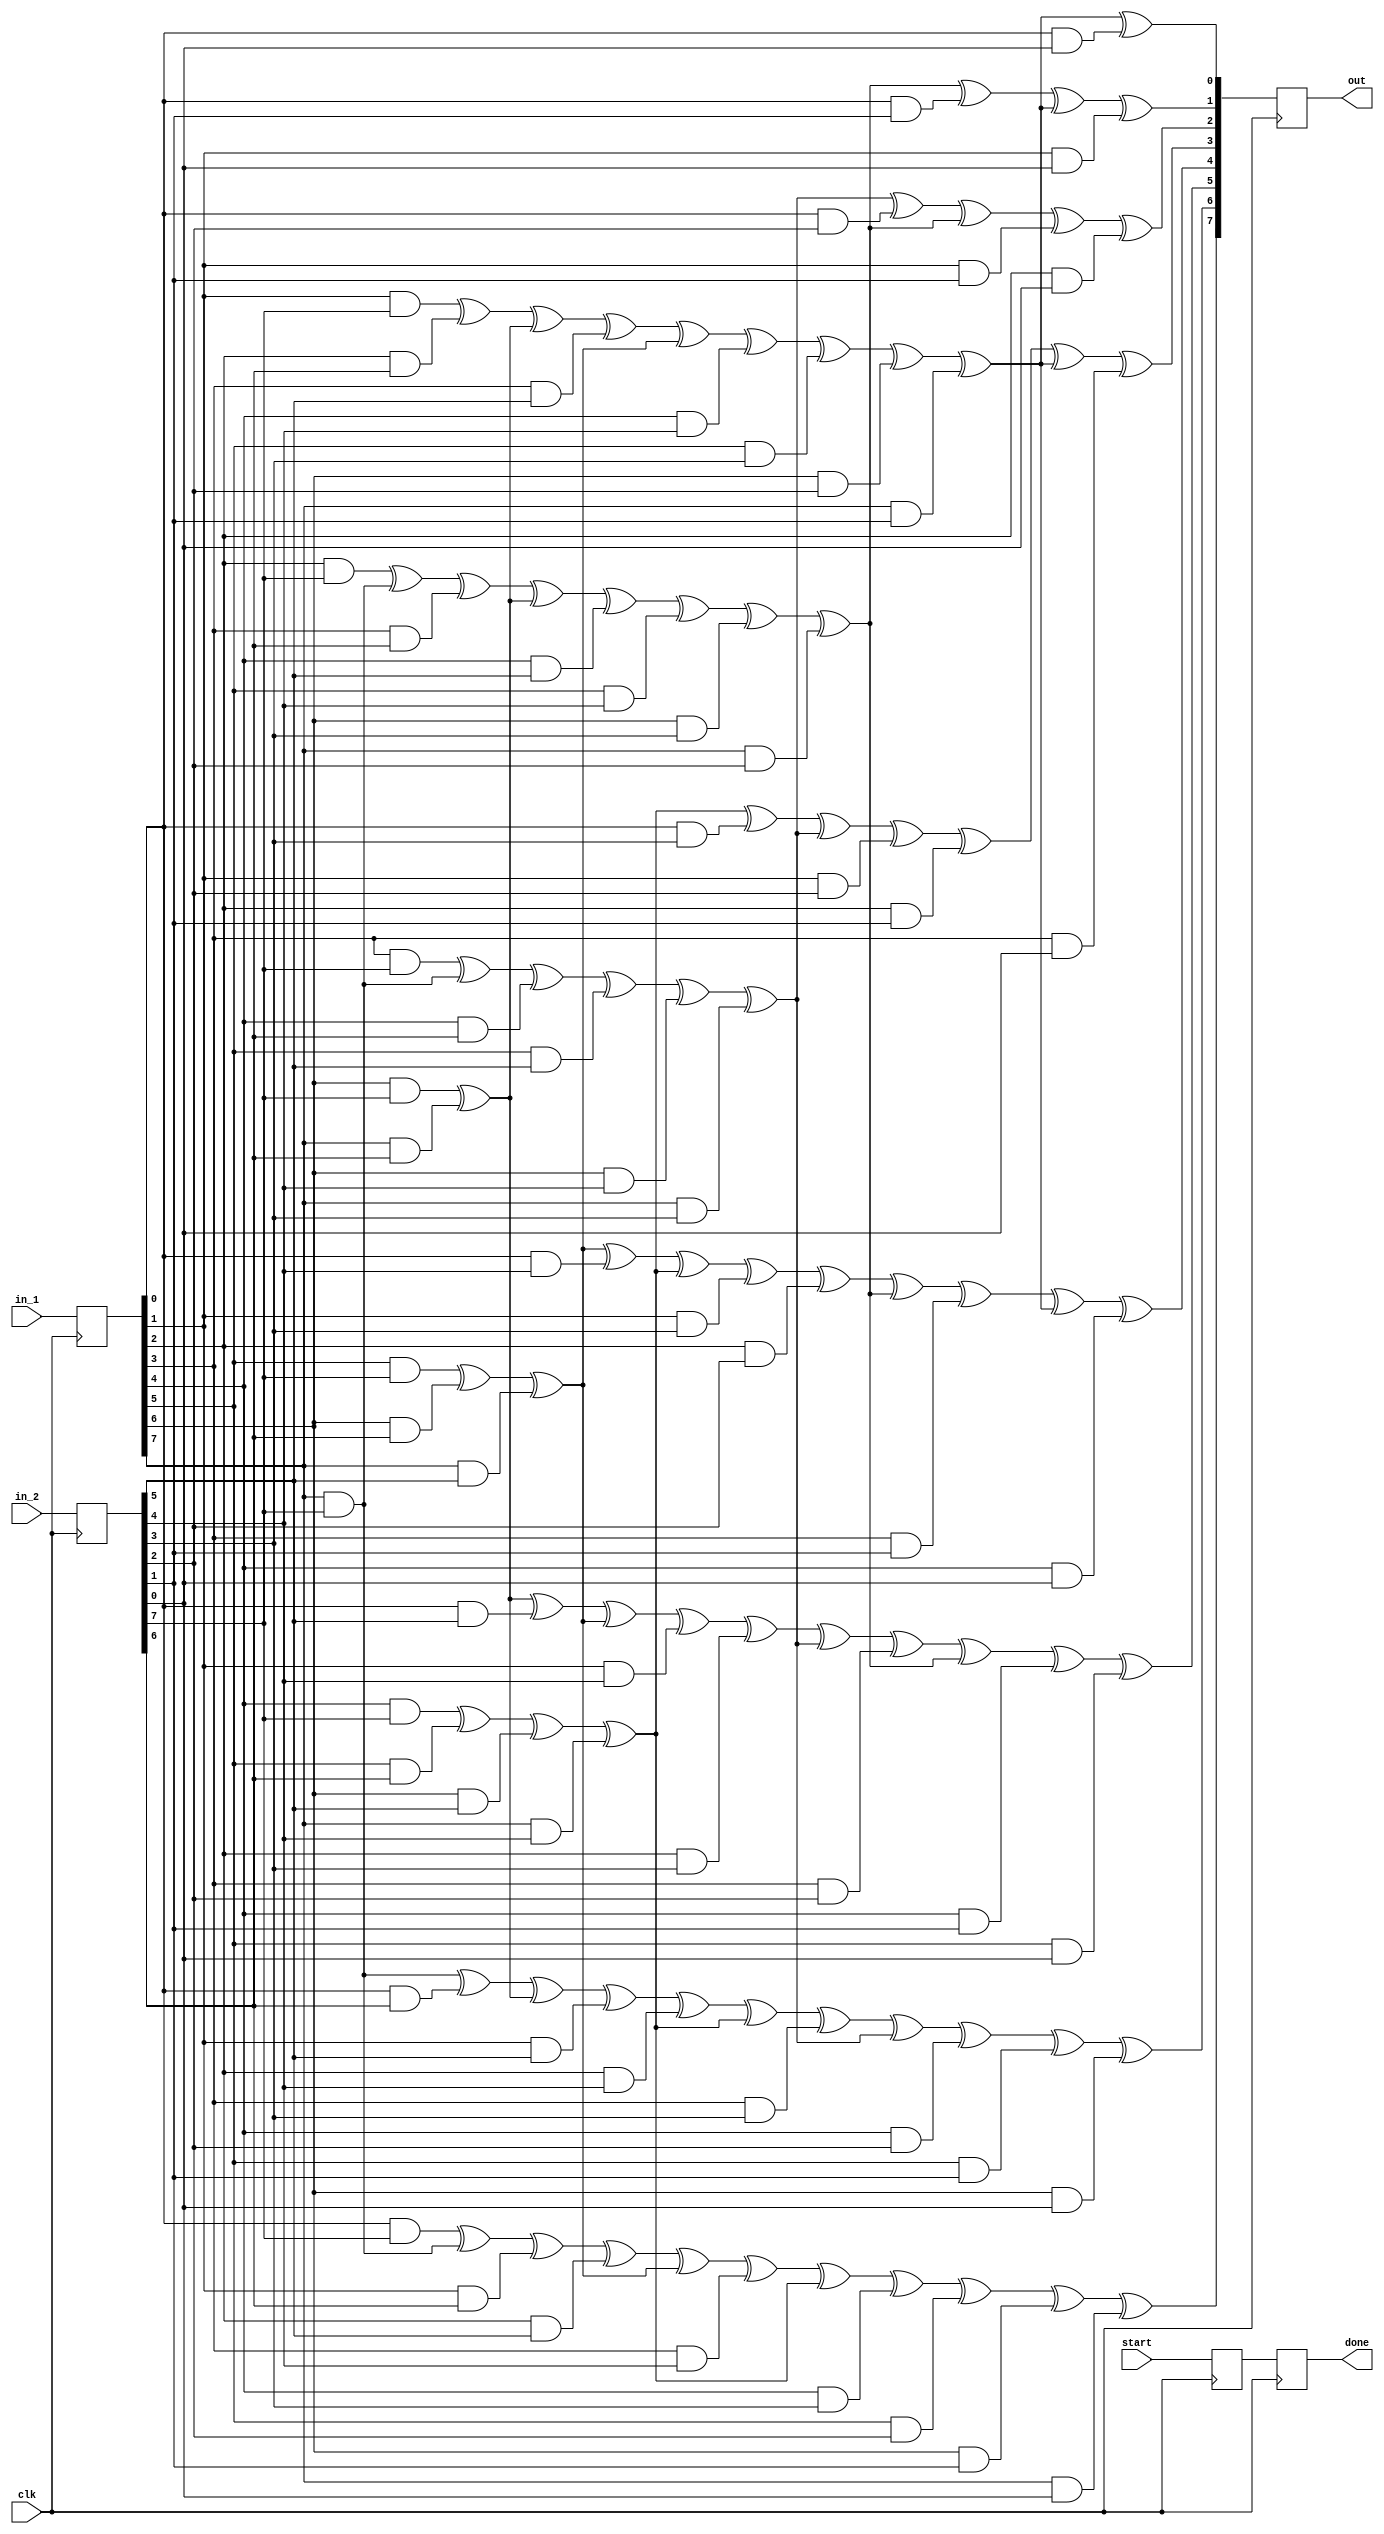
`timescale 1ns / 1ps
/*
 *
 *
Copyright (C) 2023
Author: Sanjay Deshpande
 *
This program is free software; you can redistribute it and/or modify
it under the terms of the GNU General Public License as published by
the Free Software Foundation; either version 3 of the License, or
(at your option) any later version.
 *
This program is distributed in the hope that it will be useful,
but WITHOUT ANY WARRANTY; without even the implied warranty of
MERCHANTABILITY or FITNESS FOR A PARTICULAR PURPOSE.  See the
GNU General Public License for more details.
 *
You should have received a copy of the GNU General Public License
along with this program; if not, write to the Free Software Foundation,
Inc., 51 Franklin Street, Fifth Floor, Boston, MA 02110-1301  USA
 *
*/
module gf_mul
#(
    parameter REG_IN = 1,
    parameter REG_OUT = 1
)
(
    input clk,
    input start,
    input [7:0] in_1,
    input [7:0] in_2,
    output [7:0] out,
    output done
    );
  function [7:0] mul;
    input [7:0] v_temp, in_1, in_2;
    input integer i;
    integer j;
    begin
        for (j=0; j < 8; j =j+1)
           mul[j] = v_temp[j] ^ (in_1[j] & in_2[8-i-1]);
    end
  endfunction


  function [7:0] v_temp_rearrange; //1 + x^2 + x^3 + x^4 + x^8
    input [7:0] v_temp;
    reg dummy;
    begin
    dummy = v_temp[7];
    v_temp_rearrange[7] = v_temp[6];
    v_temp_rearrange[6] = v_temp[5];
    v_temp_rearrange[5] = v_temp[4];
    v_temp_rearrange[4] = v_temp[3] ^ dummy;
    v_temp_rearrange[3] = v_temp[2] ^ dummy;
    v_temp_rearrange[2] = v_temp[1]; 
    v_temp_rearrange[1] = v_temp[0]^ dummy;
    v_temp_rearrange[0] = dummy;
    end
  endfunction
reg [7:0] in_1_reg;
reg [7:0] in_2_reg;
wire [7:0] v_temp_0;
wire [7:0] v_temp_1;
wire [7:0] v_temp_2;
wire [7:0] v_temp_3;
wire [7:0] v_temp_4;
wire [7:0] v_temp_5;
wire [7:0] v_temp_6;
wire [7:0] v_temp_7;
wire [7:0] mul_0;
wire [7:0] mul_1;
wire [7:0] mul_2;
wire [7:0] mul_3;
wire [7:0] mul_4;
wire [7:0] mul_5;
wire [7:0] mul_6;
wire [7:0] mul_7;
reg [7:0] out_reg;
reg done_reg_1 = 0;
reg done_reg_2 = 0;
generate
if (REG_IN == 1) begin
    always@(posedge clk)
    begin
        in_1_reg <= in_1;
        in_2_reg <= in_2;
        done_reg_1 <= start;
    end
end
else begin
    always@(in_1, in_2, start)
    begin
        in_1_reg <= in_1;
        in_2_reg <= in_2;
        done_reg_1 <= start;
    end
end
endgenerate

assign v_temp_0 = v_temp_rearrange(0);
assign mul_0 = mul(v_temp_0, in_1_reg, in_2_reg, 0);
assign v_temp_1 = v_temp_rearrange(mul_0);
assign mul_1 = mul(v_temp_1, in_1_reg, in_2_reg, 1);
assign v_temp_2 = v_temp_rearrange(mul_1);
assign mul_2 = mul(v_temp_2, in_1_reg, in_2_reg, 2);
assign v_temp_3 = v_temp_rearrange(mul_2);
assign mul_3 = mul(v_temp_3, in_1_reg, in_2_reg, 3);
assign v_temp_4 = v_temp_rearrange(mul_3);
assign mul_4 = mul(v_temp_4, in_1_reg, in_2_reg, 4);
assign v_temp_5 = v_temp_rearrange(mul_4);
assign mul_5 = mul(v_temp_5, in_1_reg, in_2_reg, 5);
assign v_temp_6 = v_temp_rearrange(mul_5);
assign mul_6 = mul(v_temp_6, in_1_reg, in_2_reg, 6);
assign v_temp_7 = v_temp_rearrange(mul_6);
assign mul_7 = mul(v_temp_7, in_1_reg, in_2_reg, 7);



generate
if (REG_OUT == 1) begin
    always@(posedge clk)
    begin
        out_reg <= mul_7;
        done_reg_2 <= done_reg_1;
    end
end
else begin
    always@(mul_7, done_reg_1)
    begin
        out_reg <= mul_7;
        done_reg_2 <= done_reg_1;
    end
end
endgenerate
assign out = out_reg;
assign done = done_reg_2;
endmodule